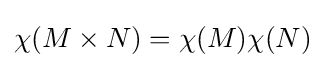
\chi (M\times N)=\chi (M)\chi (N)